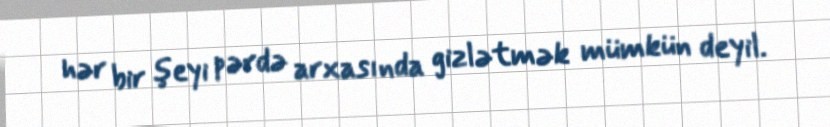
hər bir şeyi pərdə arxasında gizlətmək mümkün deyil.